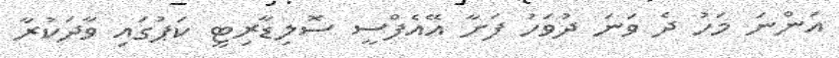
އަންނަ މަހު ދެ ވަނަ ދުވަހު ފަށާ އޭއެފްސީ ސޮލިޑާރިޓީ ކަޕުގައި ވާދަކުރާ